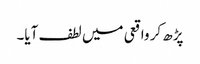
پڑھ کر واقعی میں لطف آیا۔